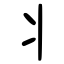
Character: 丬